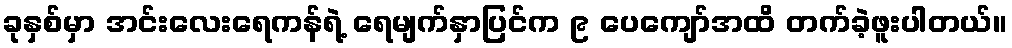
ခုနှစ်မှာ အင်းလေးရေကန်ရဲ့ ရေမျက်နှာပြင်က ၉ ပေကျော်အထိ တက်ခဲ့ဖူးပါတယ်။